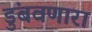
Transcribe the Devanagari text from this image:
डुंबवणारा